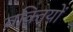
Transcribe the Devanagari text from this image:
वक़्तियों